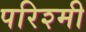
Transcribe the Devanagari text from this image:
परिश्मी